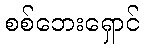
စစ်ဘေးရှောင်